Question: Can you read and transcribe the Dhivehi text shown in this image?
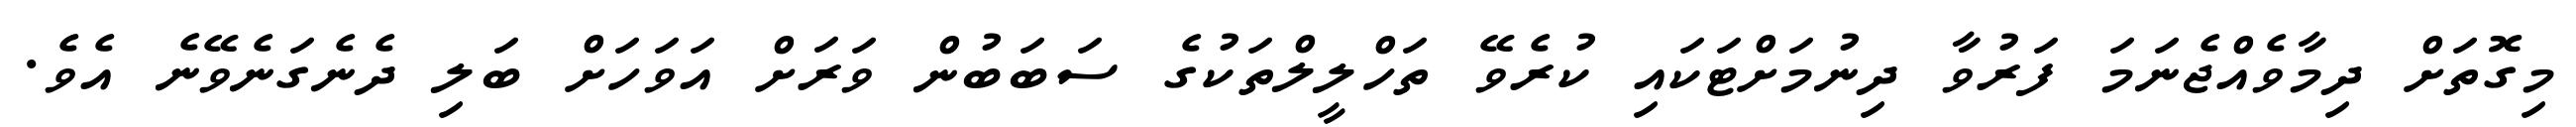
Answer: މިގޮތަށް ދިމާވެއްޖެނަމަ ފަރުވާ ދިނުމަށްޓަކައި ކުރެވޭ ތަހްލީލްތަކުގެ ސަބަބުން ވަރަށް އަވަހަށް ބަލި ދެނެގަނެވޭނެ އެވެ.